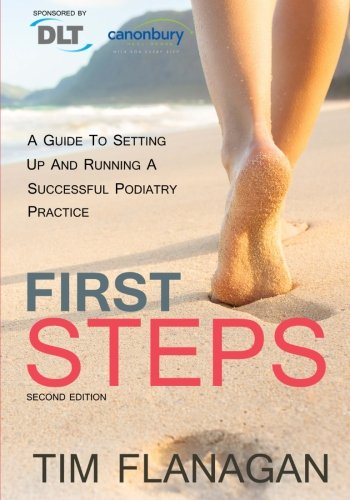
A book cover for First Steps: A Guide To Setting Up And Running A Successful Podiatry Practice; Tim Flanagan; Medical Books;